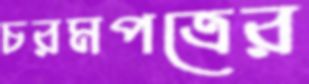
চরমপত্রের